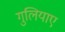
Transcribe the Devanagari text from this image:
गुलियाए